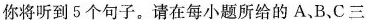
你将听到5个句子。请在每小题所给的A、B、C三